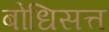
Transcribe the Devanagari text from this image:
बोधिसत्त